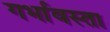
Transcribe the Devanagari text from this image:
गर्भावस्ता